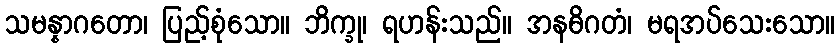
သမန္နာဂတော၊ ပြည့်စုံသော။ ဘိက္ခု၊ ရဟန်းသည်။ အနဓိဂတံ၊ မရအပ်သေးသော။